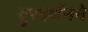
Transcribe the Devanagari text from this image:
दुरदर्शनने